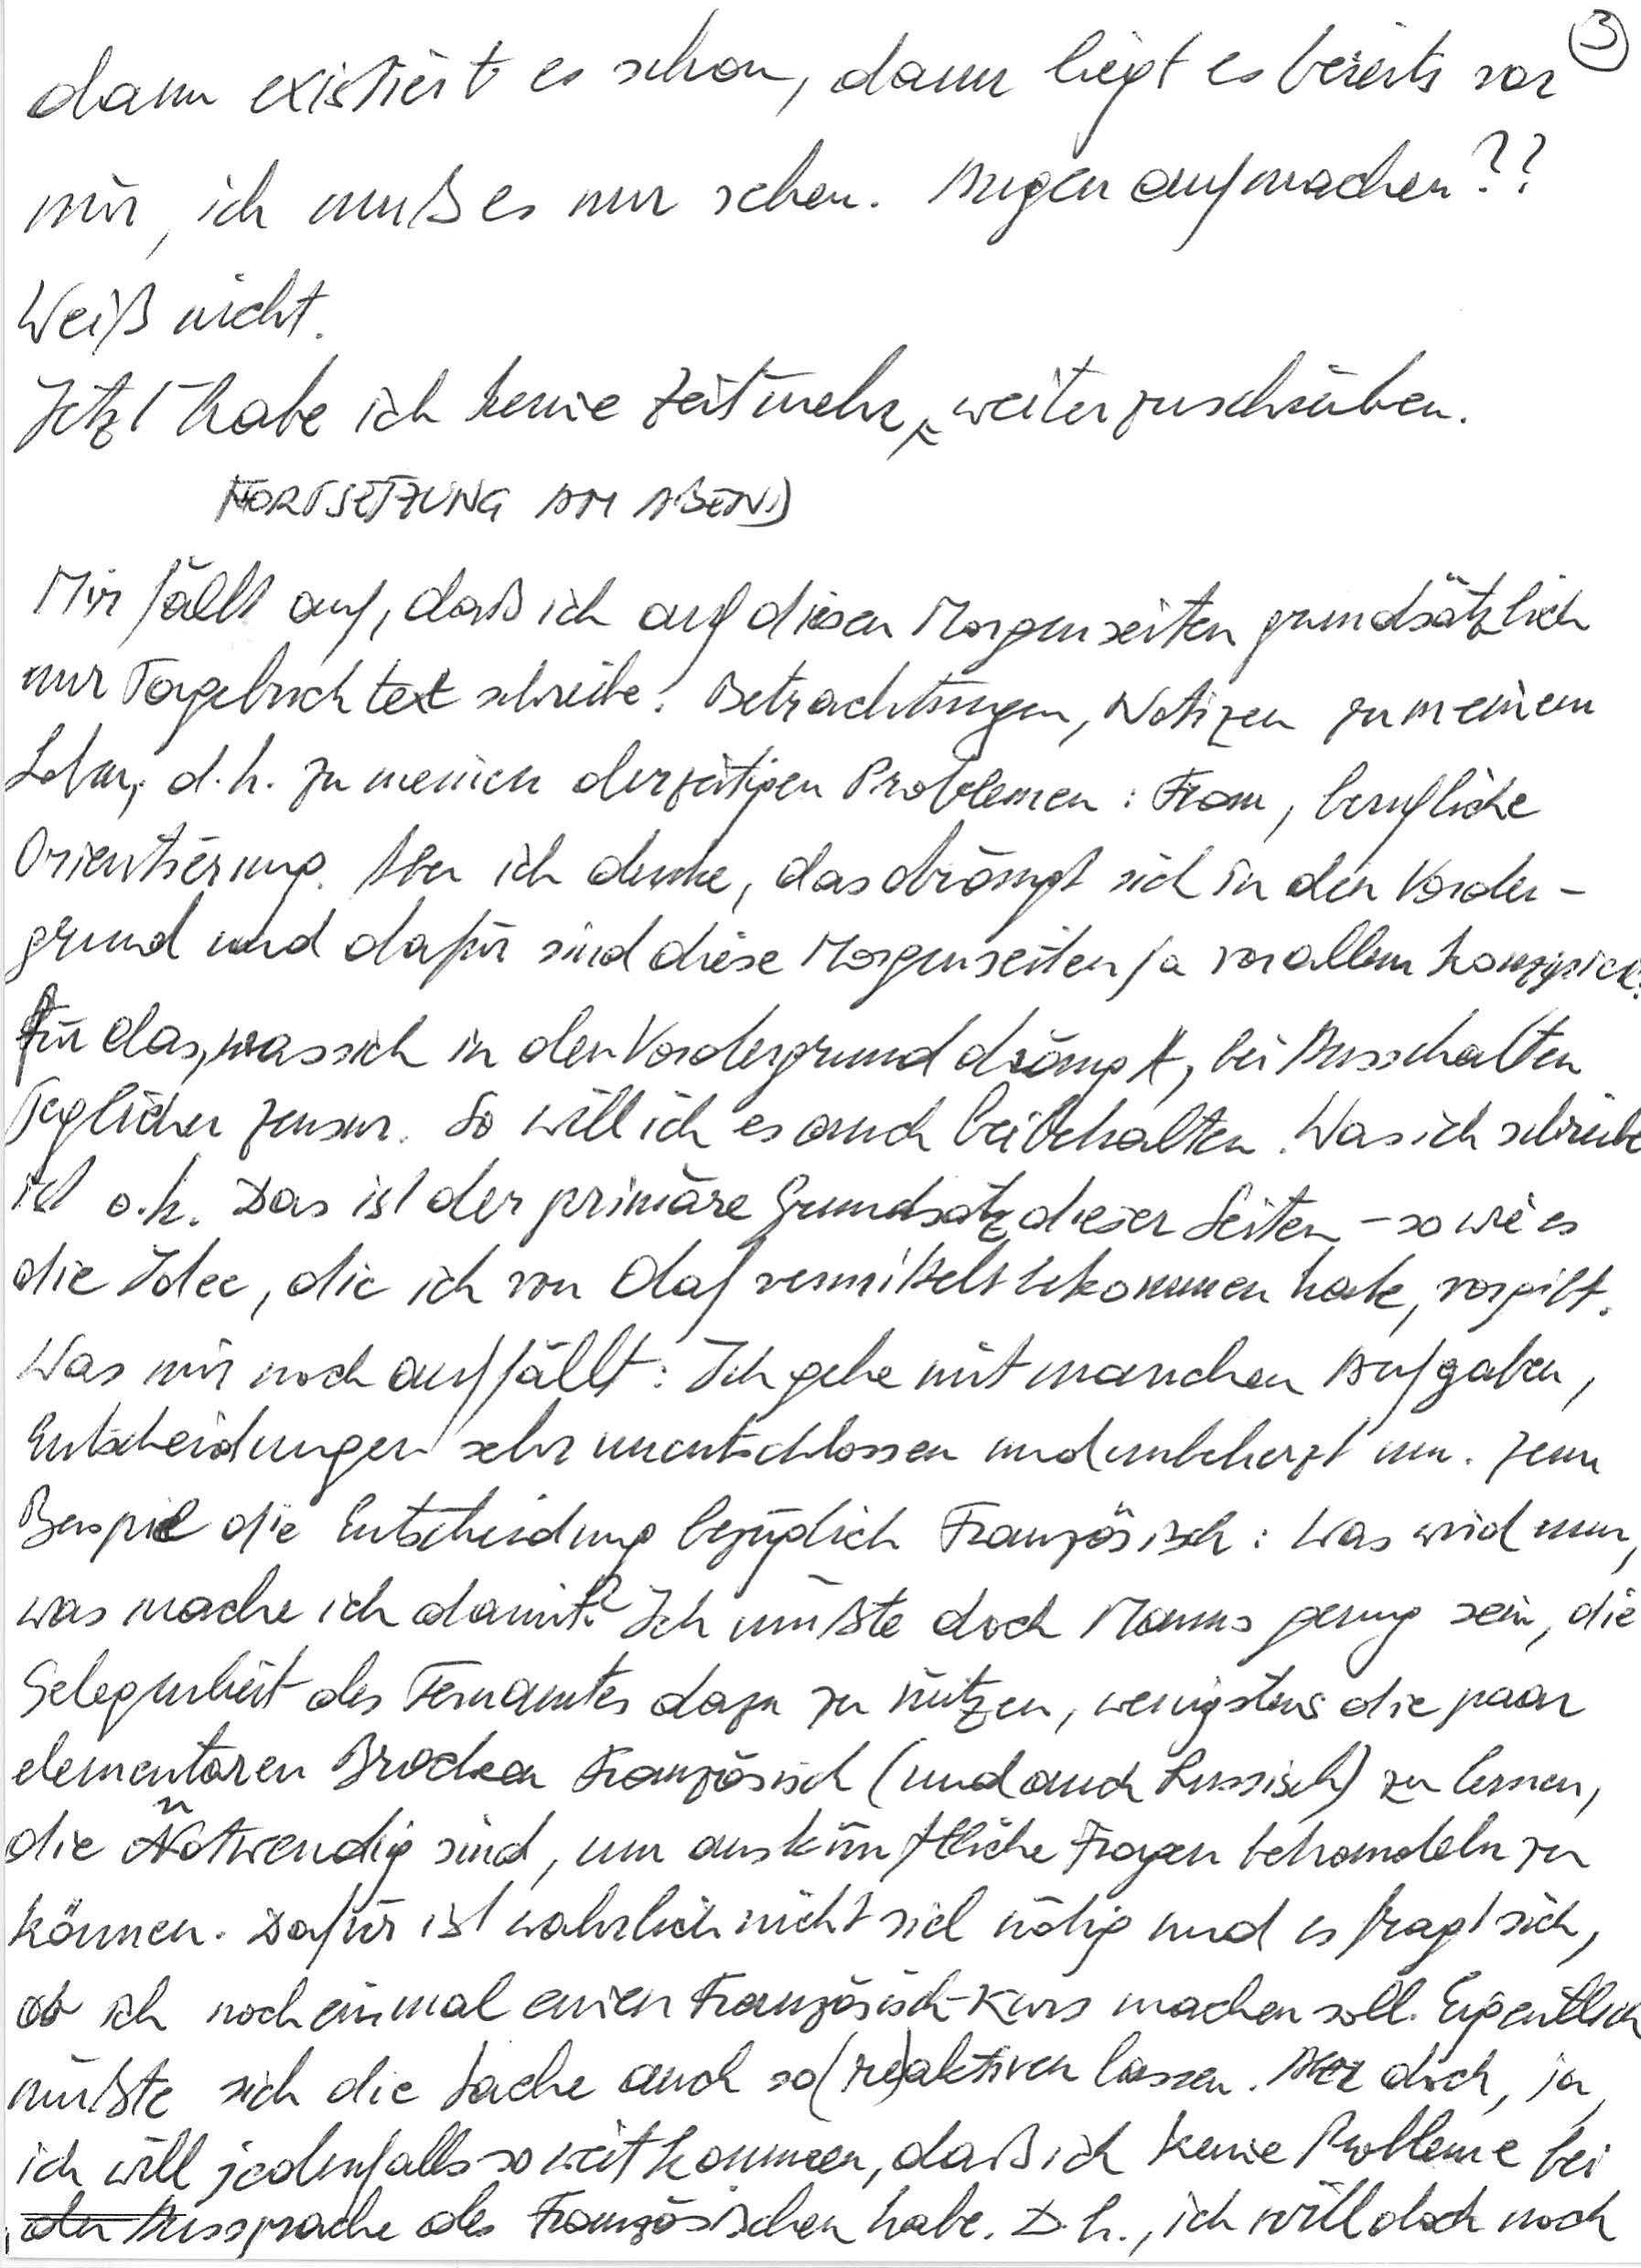
dann existiert es schon, dann liegt es bereits vor
mir, ich muß es nur sehen. Augen aufmachen??
Weiß nicht.
Jetzt habe ich keine Zeit mehr weiterzuschreiben.
FORTSETZUNG AM ABEND
Mir fällt auf, daß ich auf diesen Morgenseiten grundsätzlich
nur Tagebuchtext schreibe. Betrachtungen, Notizen zu meinem
Leben, d. h. zu meinen derzeitigen Problemen: Frau, berufliche
Orientierung. Aber ich denke, das drängt sich in den Vorder-
grund und dafür sind diese Morgenseiten ja vor allem konzipiert:
für das, was sich in den Vordergrund drängt, bei Ausschalten
jeglicher Zensur. So will ich es auch beibehalten. Was ich schreibe
ist o. k. Das ist der primäre Grundsatz dieser Seiten – so wie es
die Idee, die ich von Olaf vermittelt bekommen habe, vorgibt.
Was mir noch auffällt: Ich gehe mit manchen Aufgaben,
Entscheidungen sehr unentschlossen und unbeherzt um. Zum
Beispiel die Entscheidung bezüglich Französisch: Was wird nun,
was mache ich damit? Ich müßte doch Manns genug sein, die
Gelegenheit des Fernamtes dazu zu nützen, wenigstens die paar
elementaren Brocken Französisch (und auch Russisch) zu lernen,
die notwendig sind, um auskünftliche Fragen behandeln zu
können. Dafür ist wahrlich nicht viel nötig und es fragt sich,
ob ich noch einmal einen Französisch-Kurs machen soll. Eigentlich
müßte sich die Sache auch so (re)aktivieren lassen. Aber doch, ja,
ich will jedenfalls so weit kommen, daß ich keine Probleme bei
der Aussprache des Französischen habe. D. h., ich will doch noch